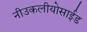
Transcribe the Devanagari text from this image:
नीउकलीयोसाईड